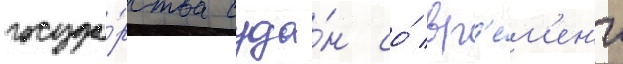
госуда́рства суда́н со́ вр'е́м'ен'и